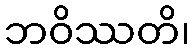
ဘဝိဿတိ၊